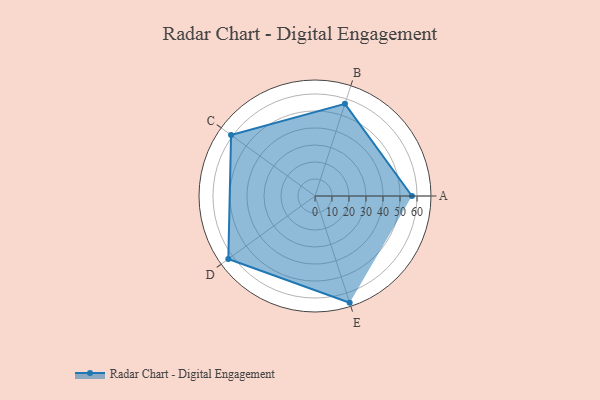
{"axis": {"x": "Skill", "y": "Score"}, "legend": ["Profile"], "data": [{"x": "A", "y": 57.0, "type": "Profile"}, {"x": "B", "y": 57.0, "type": "Profile"}, {"x": "C", "y": 61.0, "type": "Profile"}, {"x": "D", "y": 63.0, "type": "Profile"}, {"x": "E", "y": 66.0, "type": "Profile"}]}